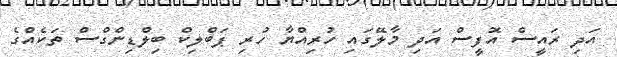
އަދި ރައީސް އޮފީސް އަދި މާލޭގައި ހުރިއްޔާ ހުރި ޕަބްލިކް ބިލްޑިންގްސް ތަކެއްގެ